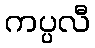
ကပ္ပလီ